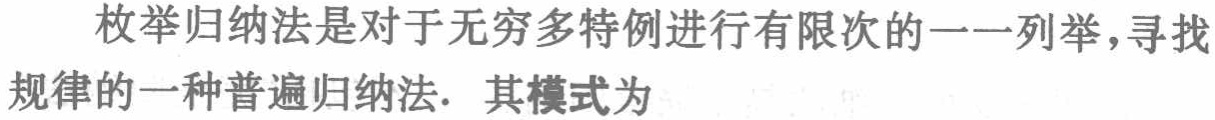
枚举归纳法是对于无穷多特例进行有限次的一一列举，寻找规律的一种普遍归纳法. 其模式为